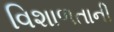
વિશાળતાની